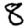
Digit: 8